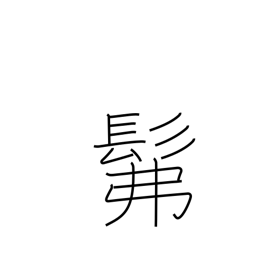
Meaning: dimly